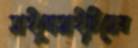
সাইনোসাইটিসের